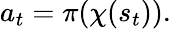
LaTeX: a_{t}=\pi(\chi(s_{t})).